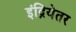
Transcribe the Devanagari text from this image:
इंद्रियेतर